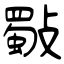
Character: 斀